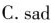
C.sad